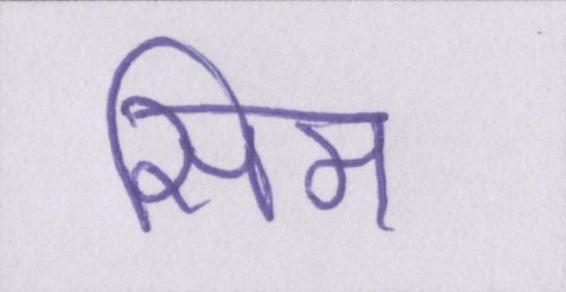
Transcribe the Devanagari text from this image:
सिम